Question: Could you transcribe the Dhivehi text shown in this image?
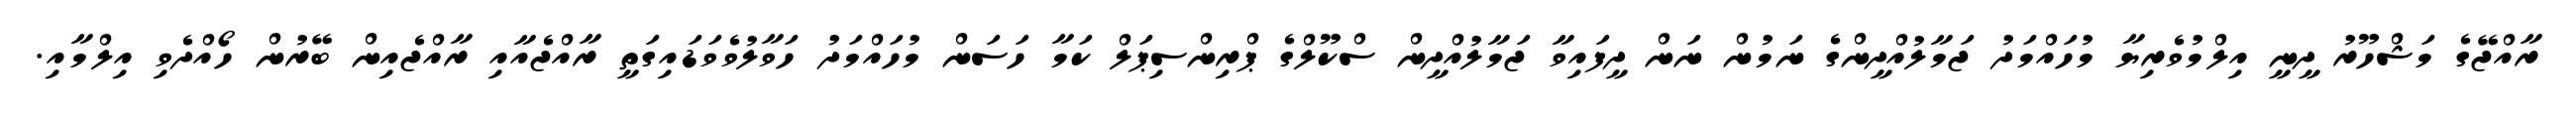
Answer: ރާއްޖޭގެ މަޝްހޫރު ދީނީ އިލްމުވެރިޔާ މުހައްމަދު ޖަމާލުއްދީންގެ ނަމުން ނަން ދީފައިވާ ޖަމާލުއްދީން ސްކޫލްގެ ޕްރިންސިޕަލް ކަމާ ހަސަން މުހައްމަދު ހަވާލުވެވަޑައިގަތީ ރާއްޖެއާއި ރާއްޖެއިން ބޭރުން ހޯއްދެވި އިލްމާއި.